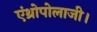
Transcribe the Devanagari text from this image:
एंथ्रोपोलाजी।